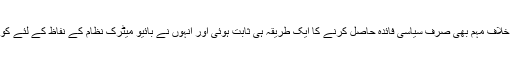
لیکن عمران خان کی دھاندلی کے خلاف مہم بھی صرف سیاسی فائدہ حاصل کرنے کا ایک طریقہ ہی ثابت ہوئی اور اُنہوں نے بائیو میٹرک نظام کے نفاظ کے لئے کوئی ایماندارانہ کوشش کی ہی نہیں۔